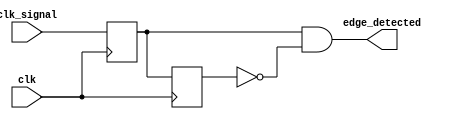
module rising_edge_detector (
    input wire clk,            // Clock signal
    input wire clk_signal,     // Input signal to detect rising edge
    output reg edge_detected    // Output signal for rising edge detection
);

    // Registers to hold the previous and current states of the signal
    reg previous_state;
    reg current_state;

    // Sequential logic to update states on the rising edge of the clock
    always @(posedge clk) begin
        // Update previous state to current state
        previous_state <= current_state; 
        // Sample the input signal to current state
        current_state <= clk_signal; 
    end

    // Combinatorial logic to detect rising edge
    always @(*) begin
        // Generate output signal for rising edge detection
        edge_detected = (current_state && !previous_state);
    end

endmodule